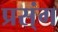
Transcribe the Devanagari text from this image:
प्रस्ंग